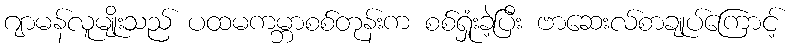
ဂျာမန်လူမျိုးသည် ပထမကမ္ဘာစစ်တုန်းက စစ်ရှုံးခဲ့ပြီး ဗာဆေးလ်စာချုပ်ကြောင့်